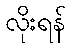
လိုးရန်